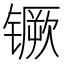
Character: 镢